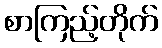
စာကြည့်တိုက်